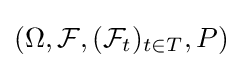
(\Omega ,{\mathcal {F}},({\mathcal {F}}_{t})_{t\in T},P)